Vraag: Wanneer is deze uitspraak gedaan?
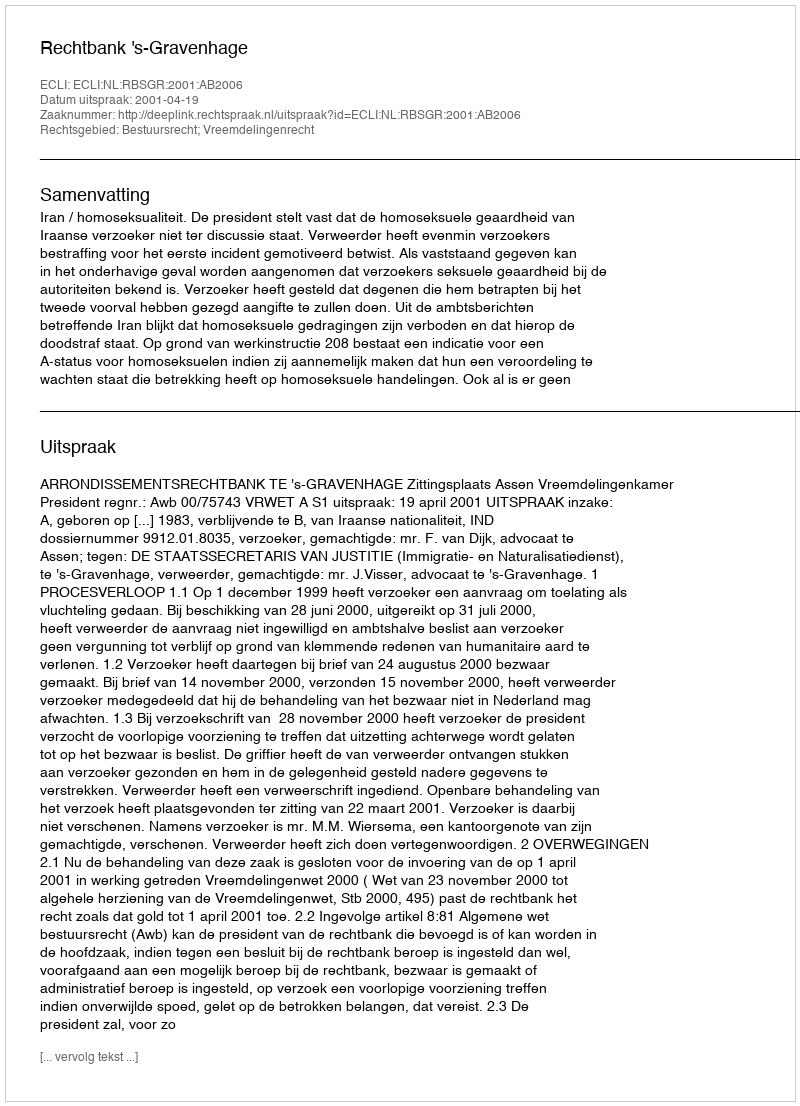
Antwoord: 2001-04-19